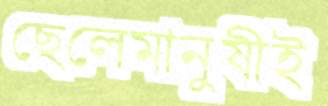
ছেলেমানুষীই